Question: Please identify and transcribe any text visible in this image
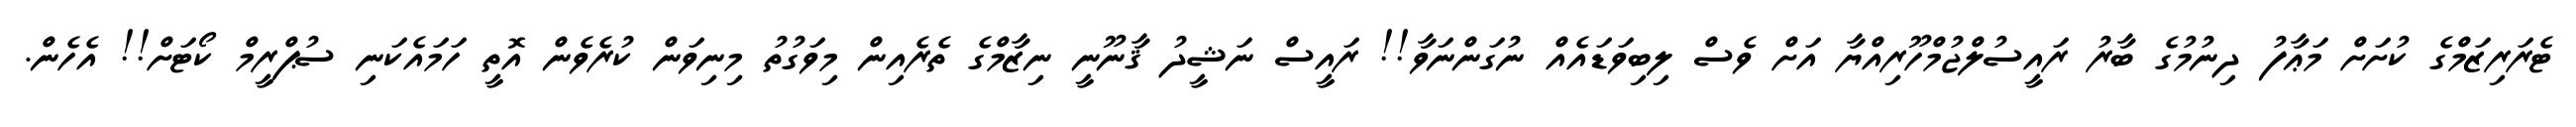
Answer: ޓެރަރިޒަމްގެ ކުށަށް މަޢާފު ދިނުމުގެ ބާރު ރައީސުލްޖުމްހޫރިއްޔާ އަށް ވެސް ލިބިވަޑައެއް ނުގަންނަވާ!! ރައީސް ނަޝީދު ޤާނޫނީ ނިޒާމްގެ ތެރެއިން މިވަގުތު މިނިވަން ކުރެވެން އޮތީ ހަމައެކަނި ސުޕްރީމް ކޯޓަށް!! އެހެން.